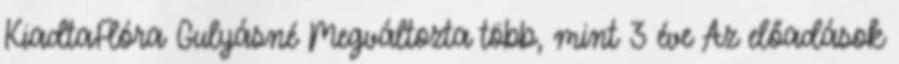
KiadtaFlóra Gulyásné Megváltozta több, mint 3 éve Az előadások